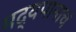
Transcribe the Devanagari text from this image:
मद्यपानाचं